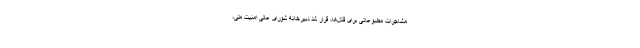
مشاجرات مطبوعاتی برای قتل‌ها، قرار شد دبیرخانه شوراى عالى امنیت ملی،